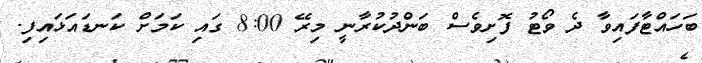
ބަހައްޓާފައިވާ ދެ ވޯޓު ފޮށިވެސް ބަންދުކުރާނީ މިރޭ 8:00 ގައި ކަމަށް ކަނޑައަޅައިފި.